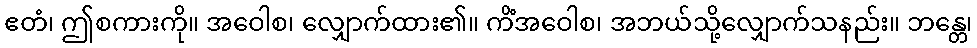
ဧတံ၊ ဤစကားကို။ အဝေါစ၊ လျှောက်ထား၏။ ကိံအဝေါစ၊ အဘယ်သို့လျှောက်သနည်း။ ဘန္တေ၊